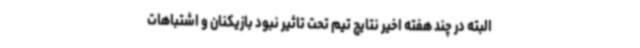
البته در چند هفته اخیر نتایج تیم تحت تاثیر نبود بازیکنان و اشتباهات